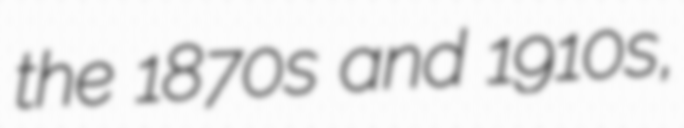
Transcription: the 1870s and 1910s,